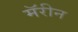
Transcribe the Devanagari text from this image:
मॅरीन